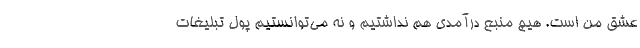
عشق من است. هیچ منبع درآمدی هم نداشتیم و نه می‌توانستیم پول تبلیغات